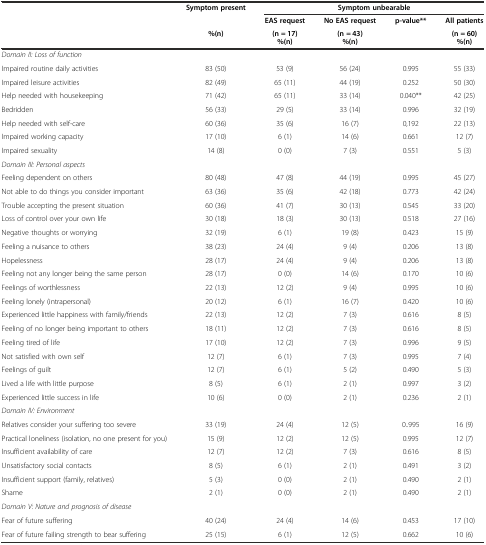
<table><thead><tr><td rowspan="2"></td><td rowspan="2"><b>Symptom present</b></td><td colspan="4"><b>Symptom unbearable</b></td></tr><tr><td><b>EAS request</b></td><td><b>No EAS request</b></td><td rowspan="2"><b>p-value**</b></td><td><b>All patients</b></td></tr><tr><td></td><td><b>%(n)</b></td><td><b>(n = 17)%(n)</b></td><td><b>(n = 43)%(n)</b></td><td><b>(n = 60)%(n)</b></td></tr></thead><tbody><tr><td><i>Domain II: Loss of function</i></td><td></td><td></td><td></td><td></td><td></td></tr><tr><td>Impaired routine daily activities</td><td>83 (50)</td><td>53 (9)</td><td>56 (24)</td><td>0.995</td><td>55 (33)</td></tr><tr><td>Impaired leisure activities</td><td>82 (49)</td><td>65 (11)</td><td>44 (19)</td><td>0.252</td><td>50 (30)</td></tr><tr><td>Help needed with housekeeping</td><td>71 (42)</td><td>65 (11)</td><td>33 (14)</td><td>0.040**</td><td>42 (25)</td></tr><tr><td>Bedridden</td><td>56 (33)</td><td>29 (5)</td><td>33 (14)</td><td>0.996</td><td>32 (19)</td></tr><tr><td>Help needed with self-care</td><td>60 (36)</td><td>35 (6)</td><td>16 (7)</td><td>0,192</td><td>22 (13)</td></tr><tr><td>Impaired working capacity</td><td>17 (10)</td><td>6 (1)</td><td>14 (6)</td><td>0.661</td><td>12 (7)</td></tr><tr><td>Impaired sexuality</td><td>14 (8)</td><td>0 (0)</td><td>7 (3)</td><td>0.551</td><td>5 (3)</td></tr><tr><td><i>Domain III: Personal aspects</i></td><td></td><td></td><td></td><td></td><td></td></tr><tr><td>Feeling dependent on others</td><td>80 (48)</td><td>47 (8)</td><td>44 (19)</td><td>0.995</td><td>45 (27)</td></tr><tr><td>Not able to do things you consider important</td><td>63 (36)</td><td>35 (6)</td><td>42 (18)</td><td>0.773</td><td>42 (24)</td></tr><tr><td>Trouble accepting the present situation</td><td>60 (36)</td><td>41 (7)</td><td>30 (13)</td><td>0.545</td><td>33 (20)</td></tr><tr><td>Loss of control over your own life</td><td>30 (18)</td><td>18 (3)</td><td>30 (13)</td><td>0.518</td><td>27 (16)</td></tr><tr><td>Negative thoughts or worrying</td><td>32 (19)</td><td>6 (1)</td><td>19 (8)</td><td>0.423</td><td>15 (9)</td></tr><tr><td>Feeling a nuisance to others</td><td>38 (23)</td><td>24 (4)</td><td>9 (4)</td><td>0.206</td><td>13 (8)</td></tr><tr><td>Hopelessness</td><td>28 (17)</td><td>24 (4)</td><td>9 (4)</td><td>0.206</td><td>13 (8)</td></tr><tr><td>Feeling not any longer being the same person</td><td>28 (17)</td><td>0 (0)</td><td>14 (6)</td><td>0.170</td><td>10 (6)</td></tr><tr><td>Feelings of worthlessness</td><td>22 (13)</td><td>12 (2)</td><td>9 (4)</td><td>0.995</td><td>10 (6)</td></tr><tr><td>Feeling lonely (intrapersonal)</td><td>20 (12)</td><td>6 (1)</td><td>16 (7)</td><td>0.420</td><td>10 (6)</td></tr><tr><td>Experienced little happiness with family/friends</td><td>22 (13)</td><td>12 (2)</td><td>7 (3)</td><td>0.616</td><td>8 (5)</td></tr><tr><td>Feeling of no longer being important to others</td><td>18 (11)</td><td>12 (2)</td><td>7 (3)</td><td>0.616</td><td>8 (5)</td></tr><tr><td>Feeling tired of life</td><td>17 (10)</td><td>12 (2)</td><td>7 (3)</td><td>0.996</td><td>9 (5)</td></tr><tr><td>Not satisfied with own self</td><td>12 (7)</td><td>6 (1)</td><td>7 (3)</td><td>0.995</td><td>7 (4)</td></tr><tr><td>Feelings of guilt</td><td>12 (7)</td><td>6 (1)</td><td>5 (2)</td><td>0.490</td><td>5 (3)</td></tr><tr><td>Lived a life with little purpose</td><td>8 (5)</td><td>6 (1)</td><td>2 (1)</td><td>0.997</td><td>3 (2)</td></tr><tr><td>Experienced little success in life</td><td>10 (6)</td><td>0 (0)</td><td>2 (1)</td><td>0.236</td><td>2 (1)</td></tr><tr><td><i>Domain IV: Environment</i></td><td></td><td></td><td></td><td></td><td></td></tr><tr><td>Relatives consider your suffering too severe</td><td>33 (19)</td><td>24 (4)</td><td>12 (5)</td><td>0..995</td><td>16 (9)</td></tr><tr><td>Practical loneliness (isolation, no one present for you)</td><td>15 (9)</td><td>12 (2)</td><td>12 (5)</td><td>0.995</td><td>12 (7)</td></tr><tr><td>Insufficient availability of care</td><td>12 (7)</td><td>12 (2)</td><td>7 (3)</td><td>0.616</td><td>8 (5)</td></tr><tr><td>Unsatisfactory social contacts</td><td>8 (5)</td><td>6 (1)</td><td>2 (1)</td><td>0.491</td><td>3 (2)</td></tr><tr><td>Insufficient support (family, relatives)</td><td>5 (3)</td><td>0 (0)</td><td>2 (1)</td><td>0.490</td><td>2 (1)</td></tr><tr><td>Shame</td><td>2 (1)</td><td>0 (0)</td><td>2 (1)</td><td>0.490</td><td>2 (1)</td></tr><tr><td><i>Domain V: Nature and prognosis of disease</i></td><td></td><td></td><td></td><td></td><td></td></tr><tr><td>Fear of future suffering</td><td>40 (24)</td><td>24 (4)</td><td>14 (6)</td><td>0.453</td><td>17 (10)</td></tr><tr><td>Fear of future failing strength to bear suffering</td><td>25 (15)</td><td>6 (1)</td><td>12 (5)</td><td>0.662</td><td>10 (6)</td></tr></tbody></table>